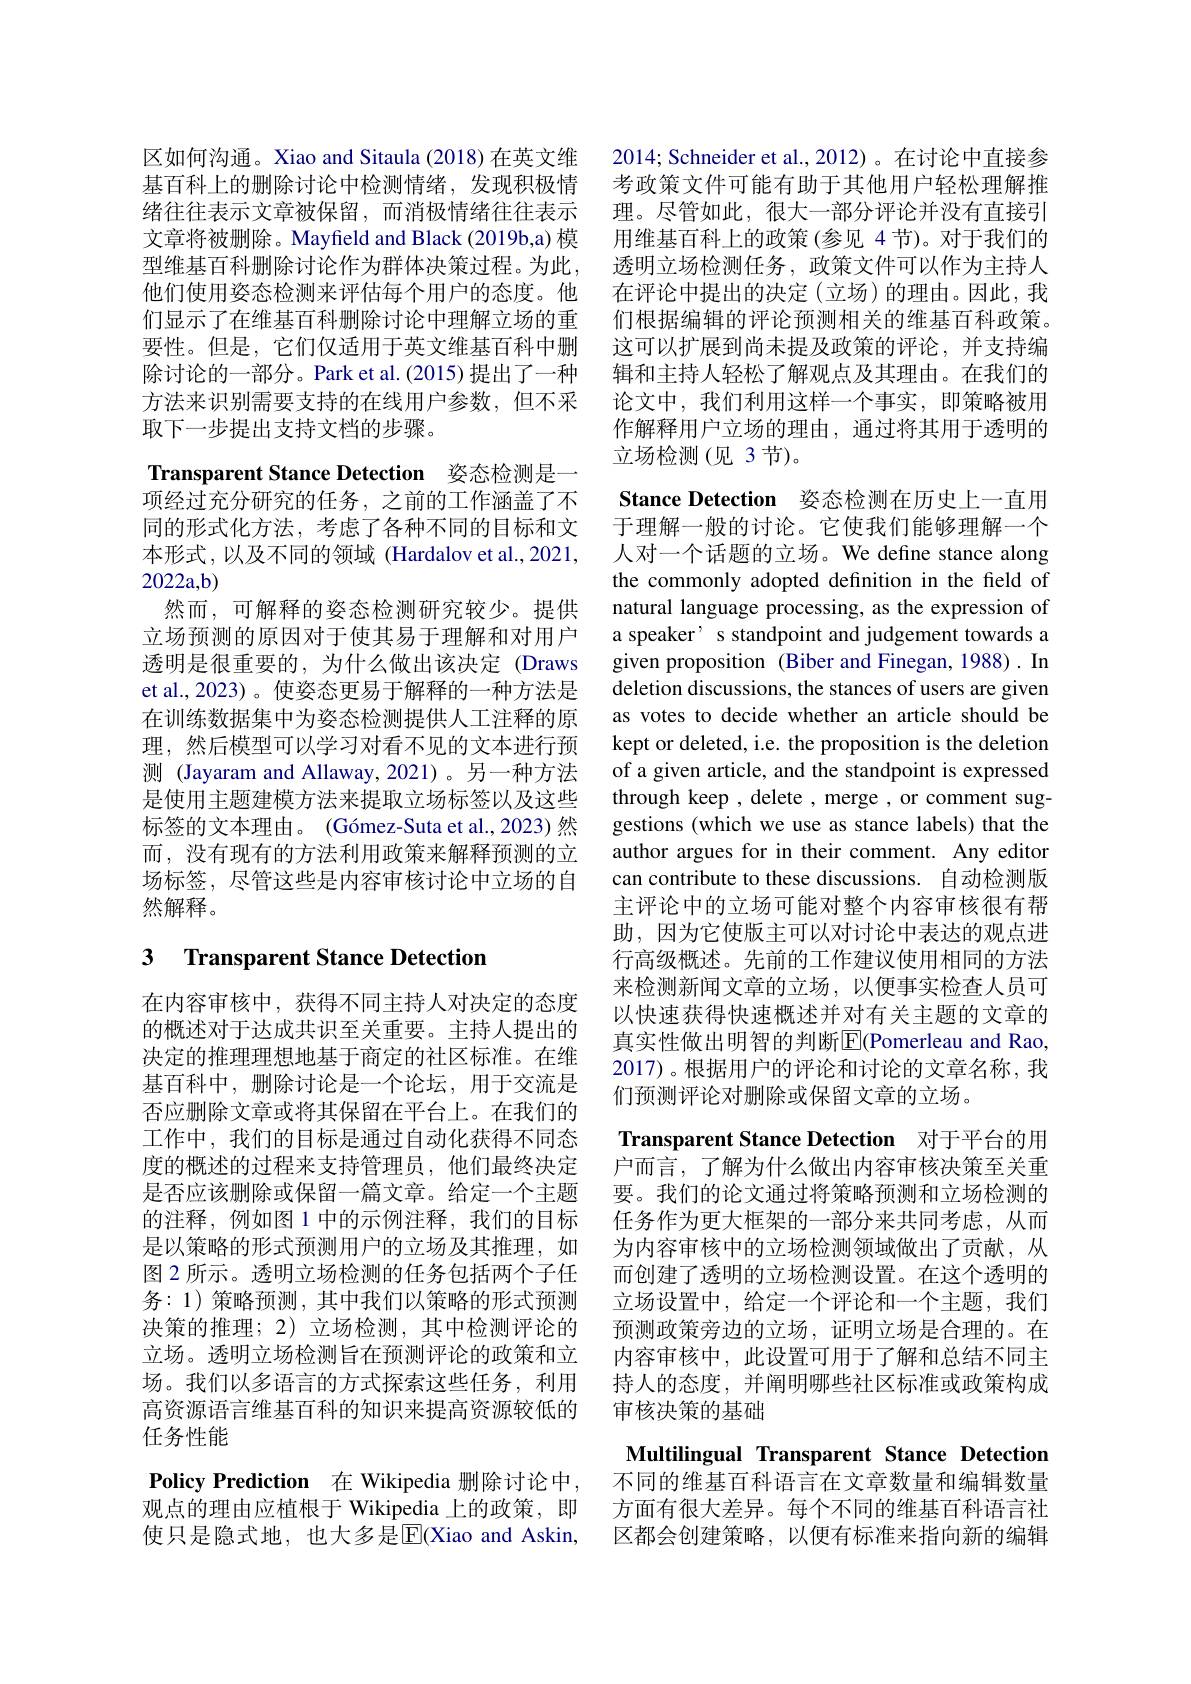
区如何沟通。Xiao and Sitaula (2018) 在英文维 2014; Schneider et al.,2012) 。在讨论中直接参基百科上的删除讨论中检测情绪，发现积极情 考政策文件可能有助于其他用户轻松理解推绪往往表示文章被保留，而消极情绪往往表示 理。尽管如此，很大一部分评论并没有直接引文章将被删除。Mayfield and Black (2019b,a) 模 用维基百科上的政策 (参见 4 节)。对于我们的型维基百科删除讨论作为群体决策过程。为此，透明立场检测任务，政策文件可以作为主持人他们使用姿态检测来评估每个用户的态度。他们显示了在维基百科删除讨论中理解立场的重要性。但是，它们仅适用于英文维基百科中删除讨论的一部分。Park et al. (2015) 提出了一种方法来识别需要支持的在线用户参数，但不采取下一步提出支持文档的步骤。

Transparent Stance Detection 姿态检测是一

项经过充分研究的任务，之前的工作涵盖了不同的形式化方法，考虑了各种不同的目标和文本形式，以及不同的领域 (Hardalov et al., 2021, 2022a,b)
然而，可解释的姿态检测研究较少。提供立场预测的原因对于使其易于理解和对用户透明是很重要的，为什么做出该决定 (Draws et al.,2023) 。使姿态更易于解释的一种方法是在训练数据集中为姿态检测提供人工注释的原理，然后模型可以学习对看不见的文本进行预测 (Jayaram and Allaway,2021)。另一种方法是使用主题建模方法来提取立场标签以及这些标签的文本理由。(Gómez-Suta et al., 2023) 然而，没有现有的方法利用政策来解释预测的立场标签，尽管这些是内容审核讨论中立场的自然解释。

# 3 Transparent Stance Detectiom

在内容审核中，获得不同主持人对决定的态度的概述对于达成共识至关重要。主持人提出的决定的推理理想地基于商定的社区标准。在维基百科中，删除讨论是一个论坛，用于交流是否应删除文章或将其保留在平台上。在我们的工作中，我们的目标是通过自动化获得不同态度的概述的过程来支持管理员，他们最终决定是否应该删除或保留一篇文章。给定一个主题的注释，例如图 1 中的示例注释，我们的目标是以策略的形式预测用户的立场及其推理，如图 2 所示。透明立场检测的任务包括两个子任务：1)策略预测，其中我们以策略的形式预测决策的推理；2) 立场检测，其中检测评论的立场。透明立场检测旨在预测评论的政策和立场。我们以多语言的方式探索这些任务，利用高资源语言维基百科的知识来提高资源较低的任务性能
Policy Prediction 在 Wikipedia 删除讨论中，不同的维基百科语言在文章数量和编辑数量
观点的理由应植根于 Wikipedia 上的政策，即使只是隐式地，也大多是$\overline{\mathbb{E}}($Xiao and Askin,

在评论中提出的决定(立场)的理由。因此，我们根据编辑的评论预测相关的维基百科政策。这可以扩展到尚未提及政策的评论，并支持编辑和主持人轻松了解观点及其理由。在我们的论文中，我们利用这样一个事实，即策略被用作解释用户立场的理由，通过将其用于透明的立场检测(见 3节)。

Stance Detection 姿态检测在历史上一直用

于理解一般的讨论。它使我们能够理解一个人对一个话题的立场。We define stance along the commonly adopted definition in the field of natural language processing, as the expression of a speaker' s standpoint and judgement towards a given proposition (Biber and Finegan, 1988) . In deletion discussions, the stances of users are given as votes to decide whether an article should be kept or deleted, i.e. the proposition is the deletion of a given article, and the standpoint is expressed through keep , delete , merge , or comment suggestions (which we use as stance labels) that the author argues for in their comment. Any editor can contribute to these discussions. 自动检测版主评论中的立场可能对整个内容审核很有帮助，因为它使版主可以对讨论中表达的观点进行高级概述。先前的工作建议使用相同的方法来检测新闻文章的立场，以便事实检查人员可以快速获得快速概述并对有关主题的文章的真实性做出明智的判断$|\mathbb{E}|$(Pomerleau and Rao, 2017)。根据用户的评论和讨论的文章名称，我们预测评论对删除或保留文章的立场。
Transparent Stance Detection 对于平台的用户而言，了解为什么做出内容审核决策至关重要。我们的论文通过将策略预测和立场检测的任务作为更大框架的一部分来共同考虑，从而为内容审核中的立场检测领域做出了贡献，从而创建了透明的立场检测设置。在这个透明的立场设置中，给定一个评论和一个主题，我们预测政策旁边的立场，证明立场是合理的。在

内容审核中，此设置可用于了解和总结不同主

持人的态度，并阐明哪些社区标准或政策构成

审核决策的基础

Multilingual Transparent Stance Detection 方面有很大差异。每个不同的维基百科语言社区都会创建策略，以便有标准来指向新的编辑